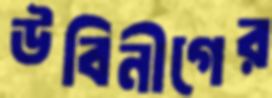
উবিনীগের